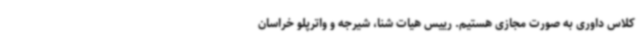
کلاس‌ داوری به صورت مجازی هستیم. رییس هیات شنا، شیرجه و واترپلو خراسان